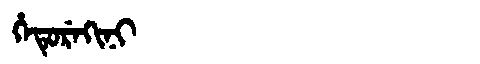
Manchu: ᡥᡝᡨᡠᡵᡝᡴᡳᠨᡳ
Romanization: HETUREKINI